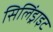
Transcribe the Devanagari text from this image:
सिलिंड्राइट